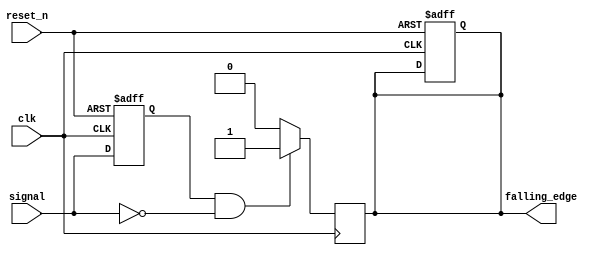
module falling_edge_detector (
    input wire clk,           // System clock
    input wire reset_n,      // Active low reset
    input wire signal,        // Input signal to detect falling edge
    output reg falling_edge   // Output pulse indicating falling edge detected
);

    reg signal_prev;          // Register to hold the previous state of the input signal

    // Asynchronous reset and state sampling on the rising edge of the clock
    always @(posedge clk or negedge reset_n) begin
        if (!reset_n) begin
            signal_prev <= 1'b1; // Initialize to high (assuming the signal is high at start)
            falling_edge <= 1'b0; // Initialize output to low
        end else begin
            signal_prev <= signal; // Sample the input signal
        end
    end

    // Falling edge detection logic
    always @(posedge clk) begin
        if (signal_prev && !signal) begin
            falling_edge <= 1'b1; // Assert falling edge pulse
        end else begin
            falling_edge <= 1'b0; // Clear falling edge pulse after one clock cycle
        end
    end

endmodule